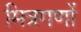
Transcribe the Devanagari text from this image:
मित्रगणों